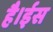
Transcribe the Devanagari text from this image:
है।ईस